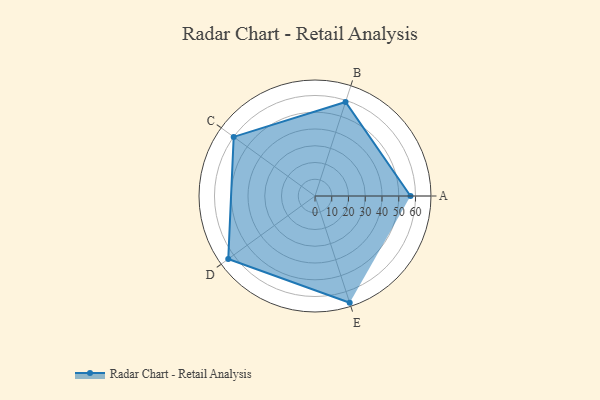
{"axis": {"x": "Skill", "y": "Score"}, "legend": ["Profile"], "data": [{"x": "A", "y": 57.0, "type": "Profile"}, {"x": "B", "y": 59.0, "type": "Profile"}, {"x": "C", "y": 60.0, "type": "Profile"}, {"x": "D", "y": 64.0, "type": "Profile"}, {"x": "E", "y": 67.0, "type": "Profile"}]}